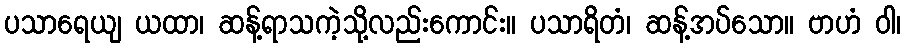
ပသာရေယျ ယထာ၊ ဆန့်ရာသကဲ့သို့လည်းကောင်း။ ပသာရိတံ၊ ဆန့်အပ်သော။ ဗာဟံ ဝါ၊